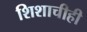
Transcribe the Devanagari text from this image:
शिशाचीही